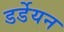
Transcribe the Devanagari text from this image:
डर्डेयन